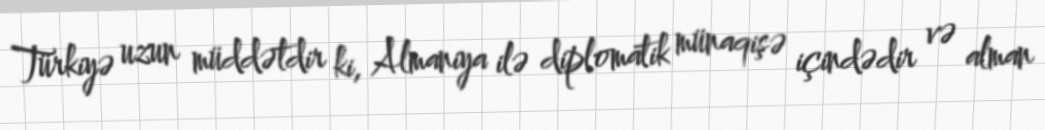
Türkiyə uzun müddətdir ki, Almaniya ilə diplomatik münaqişə içindədir və alman